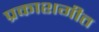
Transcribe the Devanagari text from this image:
प्रकाशगीत